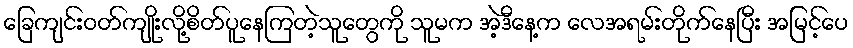
ခြေကျင်းဝတ်ကျိုးလို့စိတ်ပူနေကြတဲ့သူတွေကို သူမက အဲ့ဒီနေ့က လေအရမ်းတိုက်နေပြီး အမြင့်ပေ